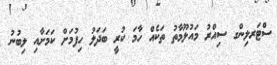
ސްޓަރލިންގ ސިއްރު މައުލޫމާތު ތަކެއް ހާމަ ކުރީ ބަދަލު ހިފުމަށް ކަމަށާއި ލިބުނު